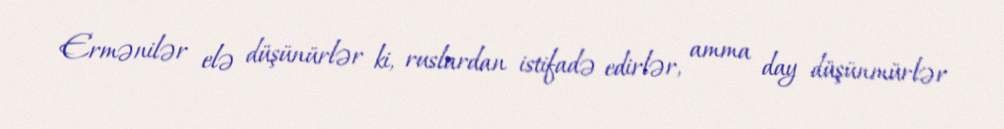
Ermənilər elə düşünürlər ki, ruslardan istifadə edirlər, amma day düşünmürlər